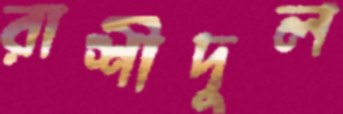
রাশীদুল